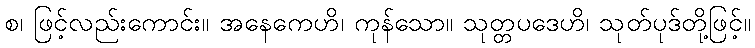
စ၊ ဖြင့်လည်းကောင်း။ အနေကေဟိ၊ ကုန်သော။ သုတ္တပဒေဟိ၊ သုတ်ပုဒ်တို့ဖြင့်။